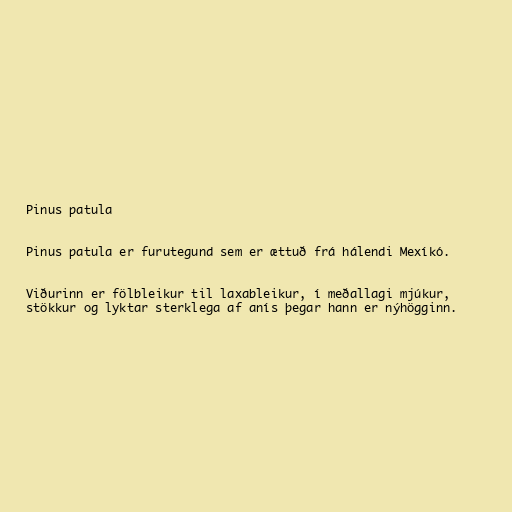
Pinus patula

Pinus patula er furutegund sem er ættuð frá hálendi Mexíkó.

Viðurinn er fölbleikur til laxableikur, í meðallagi mjúkur,
stökkur og lyktar sterklega af anís þegar hann er nýhögginn.